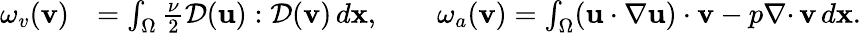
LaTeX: \begin{array}{rl}{\omega_{v}({\mathbf v})}&{=\int_{\Omega}\frac{\nu}{2}{\mathcal{D}}({\mathbf u}):{\mathcal{D}}({\mathbf v})\, d{\mathbf x},\qquad\omega_{a}({\mathbf v})=\int_{\Omega}({\mathbf u}\cdot\nabla{\mathbf u})\cdot{\mathbf v}-p{{\nabla\cdot}\, }{\mathbf v}\, d{\mathbf x}.}\end{array}